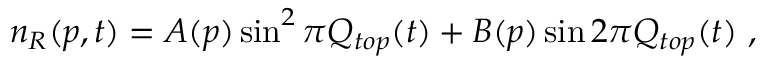
n _ { R } ( p , t ) = A ( p ) \sin ^ { 2 } \pi Q _ { t o p } ( t ) + B ( p ) \sin 2 \pi Q _ { t o p } ( t ) \ ,